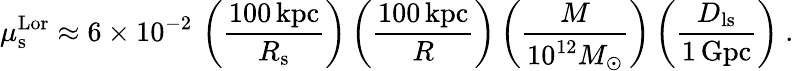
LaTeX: \mu_{\mathrm{s}}^{\mathrm{Lor}}\approx 6\times 10^{-2}\, \left(\frac{100\, \mathrm{kpc}}{R_{\mathrm{s}}}\right)\left(\frac{100\, \mathrm{kpc}}{R}\right)\left(\frac{M}{10^{12}M_{\odot}}\right)\left(\frac{D_{\mathrm{ls}}}{1\, \mathrm{Gpc}}\right)\ .